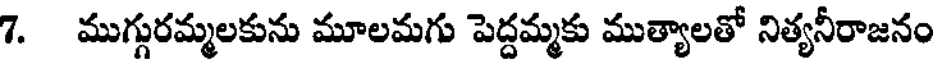
7. ముగ్గురమ్మలకును మూలమగు పెద్దమ్మకు ముత్యాలతో నిత్యనీరాజనం